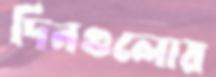
দিনগুলোয়